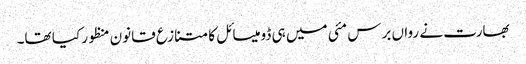
بھارت نے رواں برس مئی میں ہی ڈومیسائل کا متنازع قانون منظور کیا تھا۔